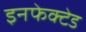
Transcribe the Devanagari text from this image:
इनफेक्टेड